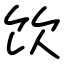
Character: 饮